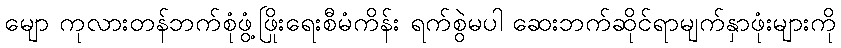
မျော ကုလားတန်ဘက်စုံဖွံ့ဖြိုးရေးစီမံကိန်း ရက်စွဲမပါ ဆေးဘက်ဆိုင်ရာမျက်နှာဖုံးများကို